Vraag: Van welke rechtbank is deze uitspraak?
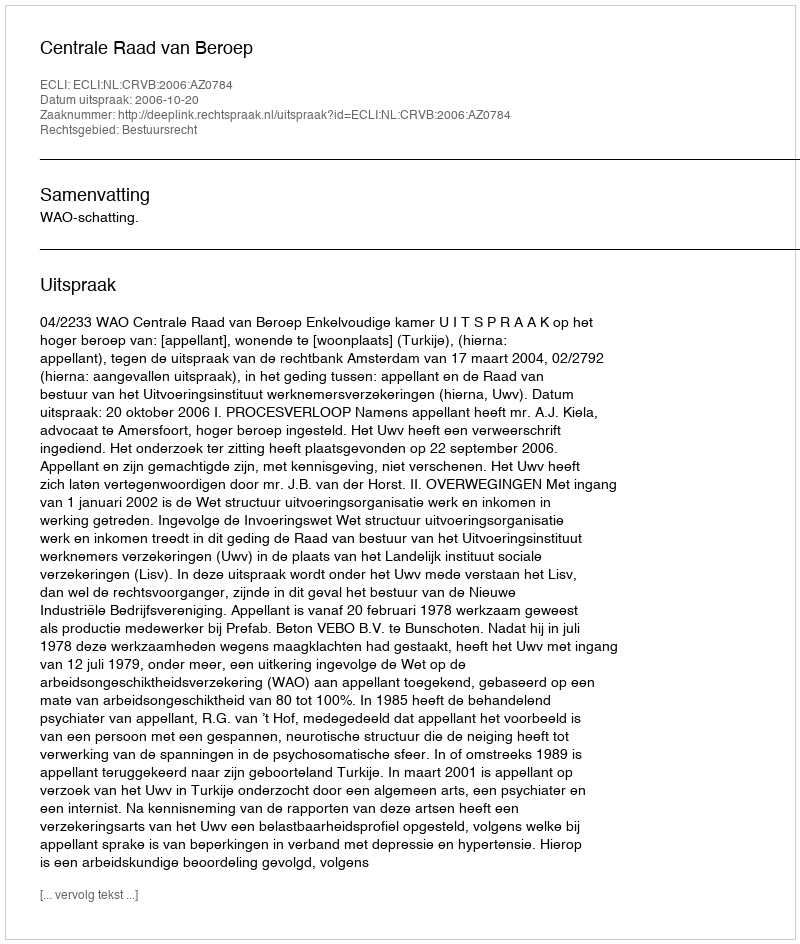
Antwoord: Centrale Raad van Beroep